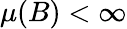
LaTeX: \mu(B)<\infty